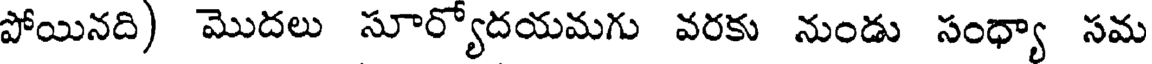
పోయినది) మొదలు సూర్యోదయమగు వరకు నుండు సంధ్యా సమ